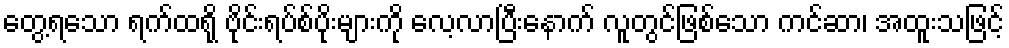
တွေ့ရသော ရက်ထရို ဗိုင်းရပ်စ်ပိုးများကို လေ့လာပြီးနောက် လူတွင်ဖြစ်သော ကင်ဆာ၊ အထူးသဖြင့်